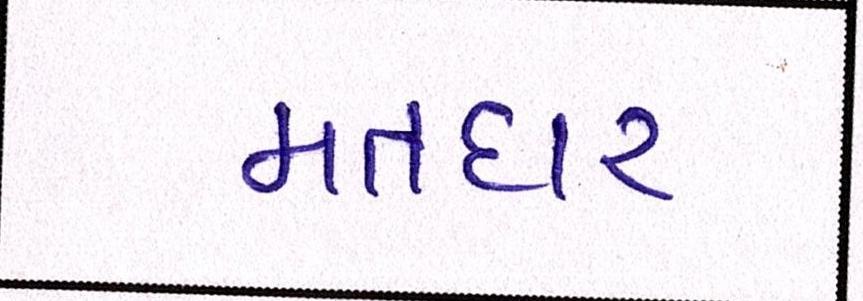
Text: મતદાર